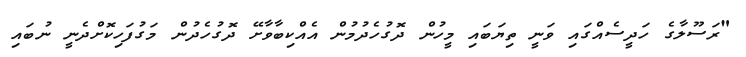
"ރަސޫލާގެ ހަދީސެއްގައި ވަނީ ތިޔަބައި މީހުން ދޮގުހެދުމުން އެއްކިބާވާށޭ ދޮގުހެދުން މަގުފަހިކޮށްދެނީ ނުބައި